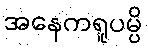
အနေကရူပမ္ပိ